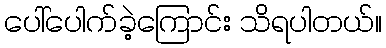
ပေါ်ပေါက်ခဲ့ကြောင်း သိရပါတယ်။